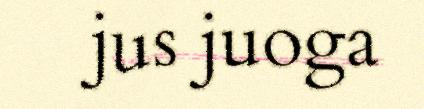
jus juoga